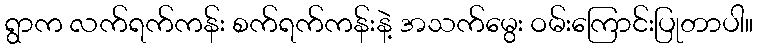
ရွာက လက်ရက်ကန်း စက်ရက်ကန်းနဲ့ အသက်မွေး ဝမ်းကြောင်းပြုတာပါ။